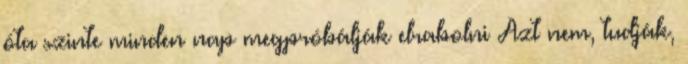
óta szinte minden nap megpróbálják elrabolni Azt nem, tudják,